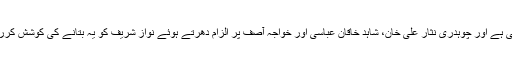
اس خطرے سے بچنے کے لئے شہباز شریف نے چپ سادھ رکھی ہے اور چوہدری نثار علی خان، شاہد خاقان عباسی اور خواجہ آصف پر الزام دھرتے ہوئے نواز شریف کو یہ بتانے کی کوشش کررہے ہیں کہ زمانے میں جینے کے لئے یہ اطوار درست نہیں ہیں۔